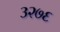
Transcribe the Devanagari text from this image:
३२७६